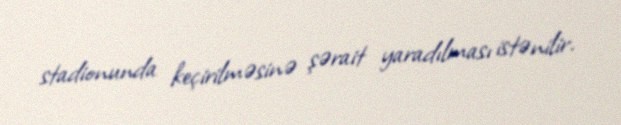
stadionunda keçirilməsinə şərait yaradılması istənilir.